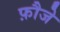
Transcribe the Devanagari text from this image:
फ़ौजे